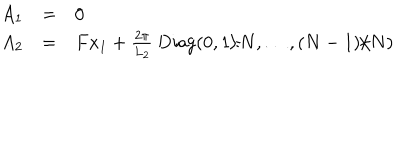
LaTeX: \begin{array} { l l l } { { A _ { 1 } } } & { { = } } & { { 0 } } \\ { { A _ { 2 } } } & { { = } } & { { F x _ { 1 } + \frac { 2 \pi } { L _ { 2 } } \; \mathrm { D i a g } ( 0 , 1 / N , \ldots , ( N - 1 ) / N ) } } \\ \end{array}